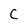
Character: C